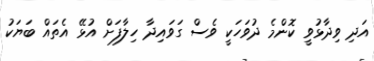
އަދި ވިދާޅުވީ ކޮންމެ ދުވަހަކީ ވެސް ގަވައިދާ ހިލާފަށް އުޅޭ އެތައް ބަޔަކު